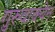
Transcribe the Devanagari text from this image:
गुरुवाक्येन